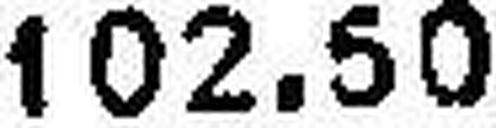
102.50